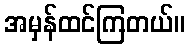
အမှန်ထင်ကြတယ်။